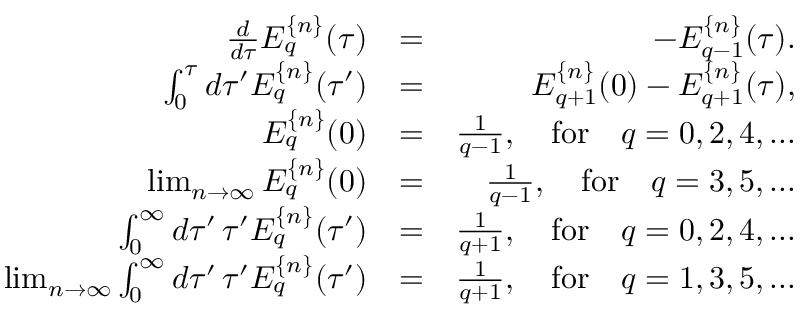
\begin{array} { r l r } { \frac { d } { d \tau } E _ { q } ^ { \{ n \} } ( \tau ) } & { = } & { - E _ { q - 1 } ^ { \{ n \} } ( \tau ) . } \\ { \int _ { 0 } ^ { \tau } d \tau ^ { \prime } E _ { q } ^ { \{ n \} } ( \tau ^ { \prime } ) } & { = } & { E _ { q + 1 } ^ { \{ n \} } ( 0 ) - E _ { q + 1 } ^ { \{ n \} } ( \tau ) , } \\ { E _ { q } ^ { \{ n \} } ( 0 ) } & { = } & { \frac { 1 } { q - 1 } , \quad \mathrm { f o r } \quad q = 0 , 2 , 4 , . . . } \\ { \operatorname* { l i m } _ { n \to \infty } E _ { q } ^ { \{ n \} } ( 0 ) } & { = } & { \frac { 1 } { q - 1 } , \quad \mathrm { f o r } \quad q = 3 , 5 , . . . } \\ { \int _ { 0 } ^ { \infty } d \tau ^ { \prime } \, \tau ^ { \prime } E _ { q } ^ { \{ n \} } ( \tau ^ { \prime } ) } & { = } & { \frac { 1 } { q + 1 } , \quad \mathrm { f o r } \quad q = 0 , 2 , 4 , . . . } \\ { \operatorname* { l i m } _ { n \to \infty } \int _ { 0 } ^ { \infty } d \tau ^ { \prime } \, \tau ^ { \prime } E _ { q } ^ { \{ n \} } ( \tau ^ { \prime } ) } & { = } & { \frac { 1 } { q + 1 } , \quad \mathrm { f o r } \quad q = 1 , 3 , 5 , . . . } \end{array}